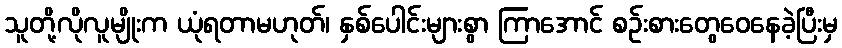
သူတို့လိုလူမျိုးက ယုံရတာမဟုတ်၊ နှစ်ပေါင်းများစွာ ကြာအောင် စဉ်းစားတွေဝေနေခဲ့ပြီးမှ